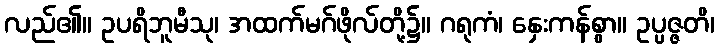
လည်၏။ ဥပရိဘူမီသု၊ အထက်မဂ်ဖိုလ်တို့၌။ ဂရုကံ၊ နှေးကန်စွာ။ ဥပ္ပဇ္ဇတိ၊